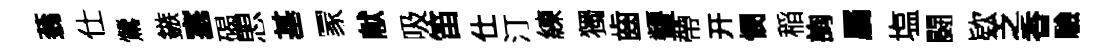
蓊仕鶯鏃塞碣愳基冡献吸笛仕汀練獨齒顰帶开憫稲詢屬塩闘欵乏香驗